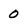
Character: 0